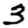
Digit: 3